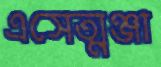
এসেত্মঞ্জা